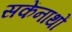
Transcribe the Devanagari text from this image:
सकेंनाथों